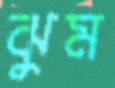
ঝুম